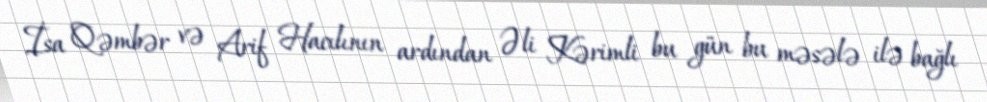
İsa Qəmbər və Arif Hacılının ardından Əli Kərimli bu gün bu məsələ ilə bağlı